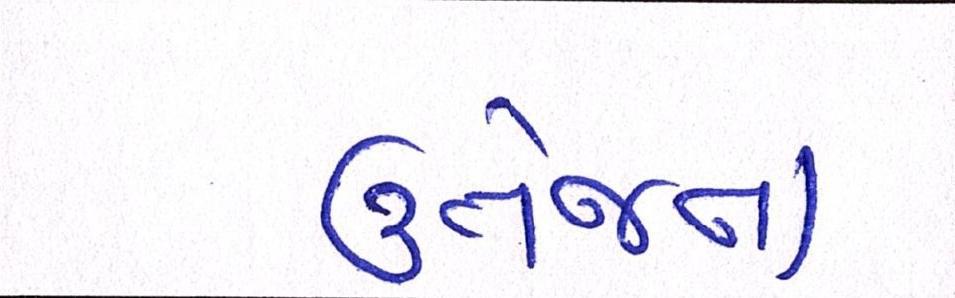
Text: ઉત્તેજના